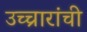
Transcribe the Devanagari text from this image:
उच्चारांची